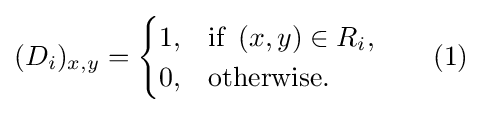
(D_{i})_{x,y}={\begin{cases}1,&{\text{if }}\left(x,y\right)\in R_{i},\\0,&{\text{otherwise.}}\end{cases}}\qquad (1)